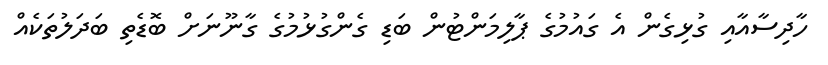
ހާދިސާއާއި ގުޅިގެން އެ ގައުމުގެ ޕާލިމަންޓުން ބަޑި ގެންގުޅުމުގެ ގާނޫނަށް ބޮޑެތި ބަދަލުތަކެއް